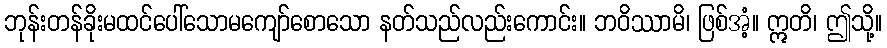
ဘုန်းတန်ခိုးမထင်ပေါ်သောမကျော်စောသော နတ်သည်လည်းကောင်း။ ဘဝိဿာမိ၊ ဖြစ်အံ့။ ဣတိ၊ ဤသို့။